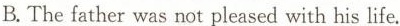
B.The father was not pleased with his life.